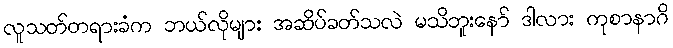
လူသတ်တရားခံက ဘယ်လိုများ အဆိပ်ခတ်သလဲ မသိဘူးနော် ဒါလား ကုစာနာဂိ